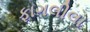
ફાગલીલા